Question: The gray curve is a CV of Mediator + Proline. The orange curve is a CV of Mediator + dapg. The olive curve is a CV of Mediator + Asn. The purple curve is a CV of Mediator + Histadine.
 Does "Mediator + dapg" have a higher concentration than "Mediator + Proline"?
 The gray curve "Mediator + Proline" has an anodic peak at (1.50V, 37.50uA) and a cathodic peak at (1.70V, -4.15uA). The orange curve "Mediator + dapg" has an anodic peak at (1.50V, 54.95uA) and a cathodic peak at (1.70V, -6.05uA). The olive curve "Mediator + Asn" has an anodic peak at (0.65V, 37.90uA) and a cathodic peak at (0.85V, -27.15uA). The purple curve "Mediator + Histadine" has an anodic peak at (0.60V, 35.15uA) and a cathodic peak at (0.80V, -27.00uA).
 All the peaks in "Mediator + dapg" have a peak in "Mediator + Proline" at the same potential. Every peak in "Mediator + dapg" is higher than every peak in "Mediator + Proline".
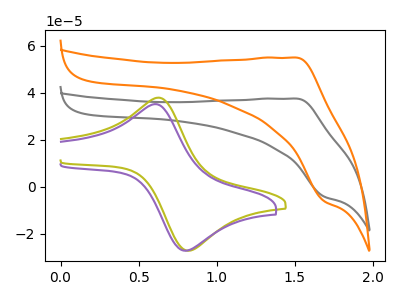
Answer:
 <answer>"Mediator + dapg" has more signal than "Mediator + Proline" and so likely has a higher concentration.</answer>
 <eval>more_concentration</eval>